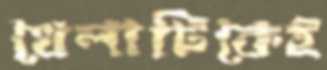
খেলাটিকেই